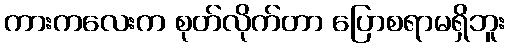
ကားကလေးက စုတ်လိုက်တာ ပြောစရာမရှိဘူး